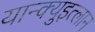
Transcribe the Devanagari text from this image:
यान्क्युइत्लान